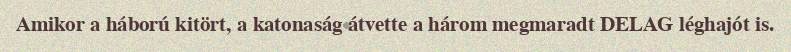
Amikor a háború kitört, a katonaság átvette a három megmaradt DELAG léghajót is.